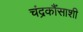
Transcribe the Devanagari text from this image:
चंद्रकौंसाशी